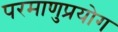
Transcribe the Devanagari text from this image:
परमाणुप्रयोग